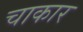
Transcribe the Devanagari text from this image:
चाकार